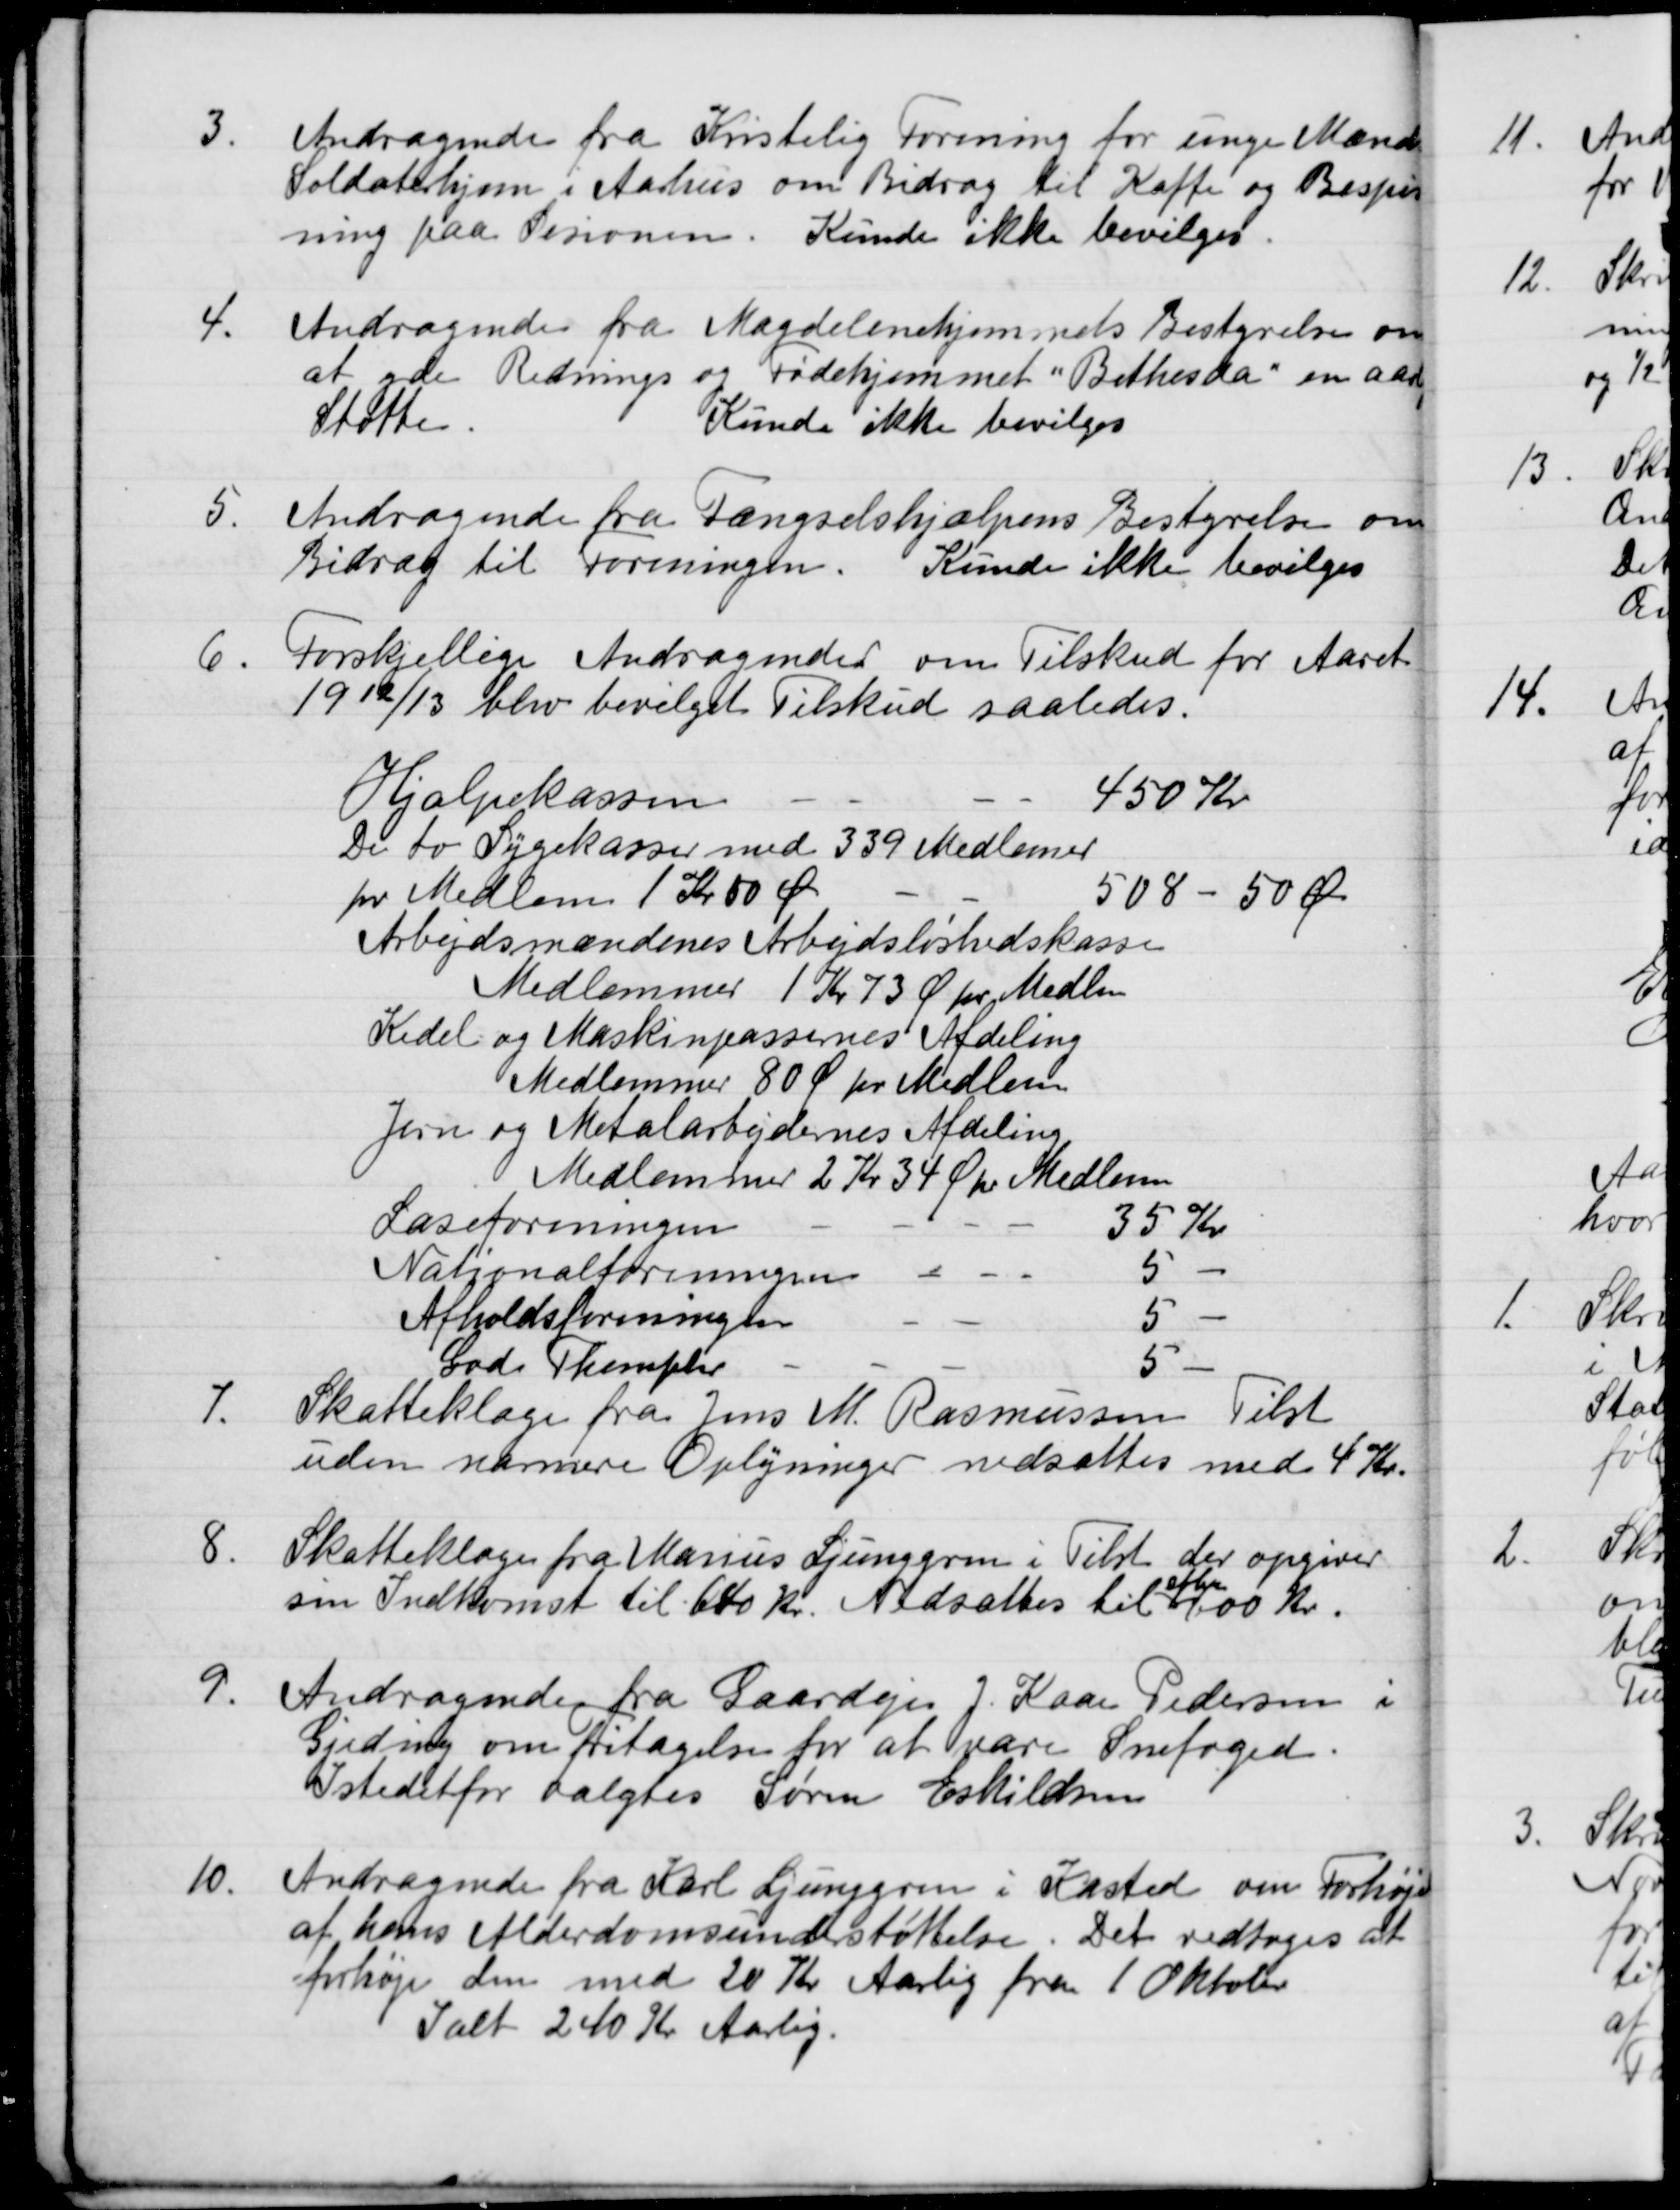
Transskription:
3.
Andragende fra Kristelig Forening for unge Mænds
Soldaterhjem i Aarhus om Bidrag til Kaffe og Bespis-
ning paa Sesionen.
Kunde ikke bevilges.
4.
Andragende fra Magdelenehjemmets Bestyrelse om
at yde Rednings og Fødehjemmet "Bethesda" en aarlig
Støtte.
Kunde ikke bevilges
5.
Andragende fra Fængselshjælpens Bestyrelse om
Bidrag til Foreningen. Kunde ikke bevilges
6.
Forskjellige Andragender om Tilskud for Aaret
1912/13 blev bevilget Tilskud saaledes.
Hjælpekassen
450 Kr
De to Sygekasser med 339 Medlemer
pr Medlem 1 Kr 50 Øre
508 - 50 Øre
Arbejdsmændenes Arbejdsløshedskasse
Medlemmer 1 Kr 73 Ø pr Medlem
Kedel og Maskinpassernes Afdeling
Medlemmer 80 Ø pr Medlem
Jern og Metalarbejdernes Afdeling
Medlemmer 2 Kr 34 Øre Medlemm
Læseforeningen
35 Kr
Nationalforeningen
5
Afholdsforeningen
5
God Themplar
5
7.
Skatteklage fra Jens M. Rasmussen Tilst
uden nærmere Oplysninger nedsattes med 4 Kr.
8.
Skatteklage fra Marius Ljunggren i Tilst der opgiver
sin Indkomst til 640 Kr. Nedsættes til
efter
400 Kr.
9.
Andragende fra Gaardejer J. Kaae Pedersen i
Gredning om fritagelse for at være Snefoged.
Istedetfor valgtes Søren Eskildsen
10.
Andragende fra Karl Ljunggren i Kasted om Forhøjelse
af hans Alderdomsunderstøttelse. Det vedtoges at
forhøje den med 20 Kr Aarlig fra 1 Oktober
Ialt 240 Kr Aarlig.